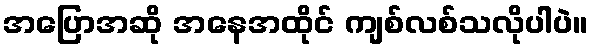
အပြောအဆို အနေအထိုင် ကျစ်လစ်သလိုပါပဲ။